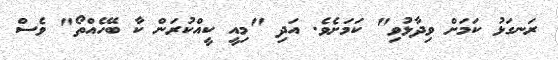
ރަނގަޅު ކަމަށް ވިދާޅުވި" ކަމަށެވެ. އަދި "މިއީ ކީއްކުރަން ކާ ބޭހެއްތޯ" ވެސް